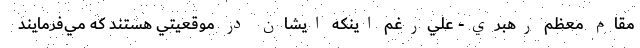
مقام معظم رهبري- علي‌رغم اينكه ايشان در موقعيتي هستند كه مي‌فرمايند